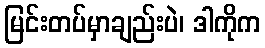
မြင်းတပ်မှာချည်းပဲ၊ ဒါကိုက